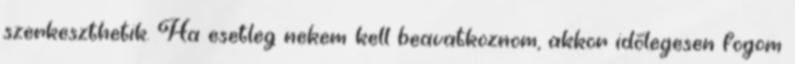
szerkeszthetik. Ha esetleg nekem kell beavatkoznom, akkor időlegesen fogom